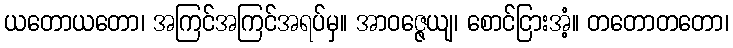
ယတောယတော၊ အကြင်အကြင်အရပ်မှ။ အာဝဇ္ဇေယျ၊ စောင်ငြားအံ့။ တတောတတော၊